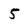
Character: 5